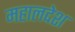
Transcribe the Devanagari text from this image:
महालदेश